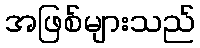
အဖြစ်များသည်